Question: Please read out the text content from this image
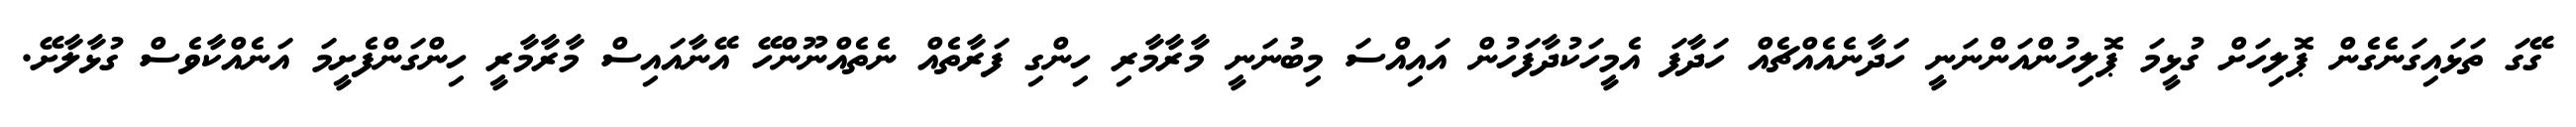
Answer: ގޭގަ ތަޅައިގަނެގެން ޕޮލިހަށް ގުޅީމަ ޕޮލިހުންއަންނަނީ ހަދާނެއެއްޗެއް ހަދާފަ އެމީހަކުދާފަހުން އައިއްސަ މިބުނަނީ މާރާމާރި ހިންގި ފަރާތެއް ނެތެއްނޫންހޭ އޭނާއައިސް މާރާމާރީ ހިންގަންފެށީމަ އަނެއްކާވެސް ގުޅާލާށޭ.